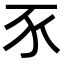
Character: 𧰧